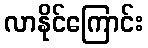
လာနိုင်ကြောင်း